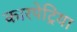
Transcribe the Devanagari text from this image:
कारपेट्रिया